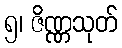
၅၊ ဇိဏ္ဏသုတ်